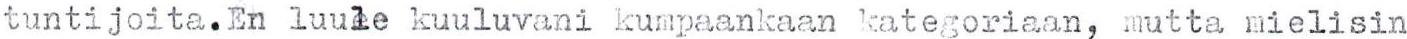
tuntijoita.En luule kuuluvani kumpaankaan kategoriaan, mutta mielisin